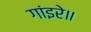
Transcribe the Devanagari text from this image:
गांइरे॥